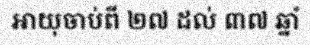
អាយុចាប់ពី ២៧ ដល់ ៣៧ ឆ្នាំ